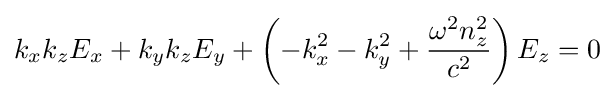
k_{x}k_{z}E_{x}+k_{y}k_{z}E_{y}+\left(-k_{x}^{2}-k_{y}^{2}+{\frac {\omega ^{2}n_{z}^{2}}{c^{2}}}\right)E_{z}=0